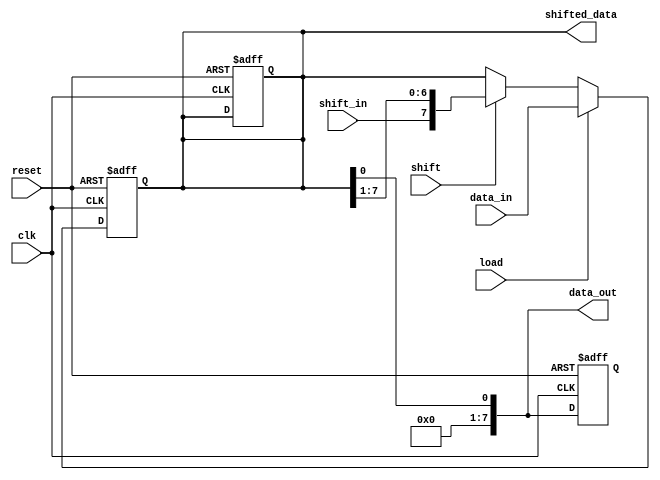
module parameterized_shift_register #(
    parameter WIDTH = 8 // Default width of the shift register
)(
    input wire clk,              // Clock signal
    input wire reset,            // Asynchronous reset
    input wire [WIDTH-1:0] data_in, // Parallel input data
    input wire shift_in,         // Serial input data for shifting
    input wire load,             // Control signal for parallel loading
    input wire shift,            // Control signal for shifting
    output reg [WIDTH-1:0] data_out, // Serial output data
    output reg [WIDTH-1:0] shifted_data // Parallel output data
);

    reg [WIDTH-1:0] shift_reg; // Internal shift register

    // Asynchronous reset and operation on clock edge
    always @(posedge clk or posedge reset) begin
        if (reset) begin
            shift_reg <= {WIDTH{1'b0}}; // Clear shift register to zero
            data_out <= 1'b0;
            shifted_data <= {WIDTH{1'b0}};
        end else begin
            if (load) begin
                shift_reg <= data_in; // Load data in parallel
            end else if (shift) begin
                shift_reg <= {shift_in, shift_reg[WIDTH-1:1]}; // Shift right
            end
        end
    end

    // Update output signals
    always @(*) begin
        data_out = shift_reg[0]; // Serial output (LSB)
        shifted_data = shift_reg; // Parallel output
    end

endmodule